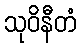
သုဝိနီတံ